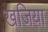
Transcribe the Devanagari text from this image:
खजिया